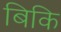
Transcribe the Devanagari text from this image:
बिकि